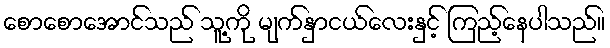
စောစောအောင်သည် သူ့ကို မျက်နှာငယ်လေးနှင့် ကြည့်နေပါသည်။